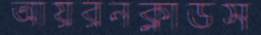
আয়রনক্লাডস